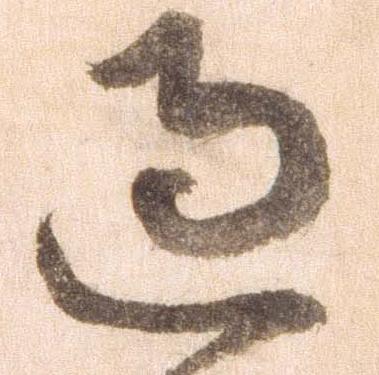
過